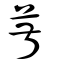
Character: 菽